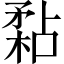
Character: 𥎁